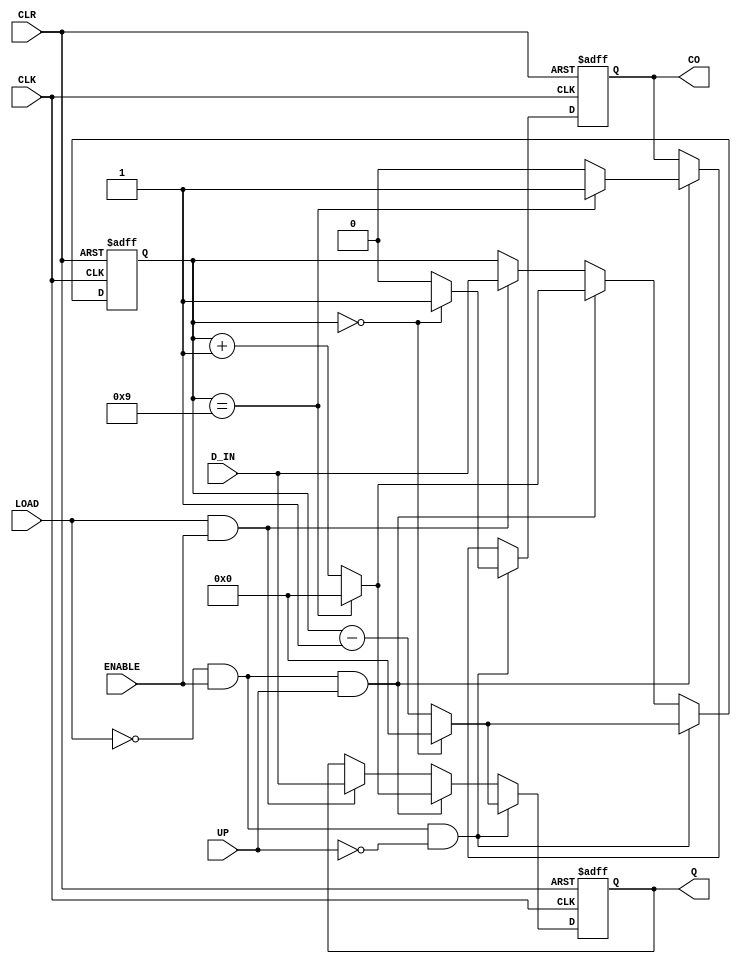
module BCD #(parameter WL = 4)(
    input CLK, ENABLE, UP, CLR, LOAD,
    input [WL - 1:0] D_IN,
    output reg CO,
    output reg [WL - 1:0] Q
);

    reg [WL - 1:0] counter;
    
    always @(posedge CLK or negedge CLR) begin
        if (!CLR) begin
            CO <= 1'b0;
            counter <= 0;
            Q <= 0;
        end
        else begin
            if (LOAD && ENABLE) begin
                counter <= D_IN;
                Q <= D_IN;
            end

            if (!LOAD && ENABLE && UP) begin
                if (counter == 9) begin
                    CO <= 1'b1;
                    counter <= 0;
                    Q <= 0;
                end
                else begin
                    CO <= 1'b0;
                    counter <= counter + 1;
                    Q <= counter + 1;
                end
            end

            if (!LOAD && ENABLE && !UP) begin
                if (counter == 0) begin
                    CO <= 1'b1;
                    counter <= 0;
                    Q <= 0;
                end
                else begin
                    CO <= 1'b0;
                    counter <= counter - 1;
                    Q <= counter - 1;
                end
            end
        end
    end
endmodule